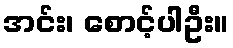
အင်း၊ စောင့်ပါဦး။